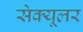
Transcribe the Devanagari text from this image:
सेक्यूलर